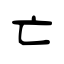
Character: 亡